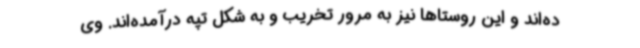
ده‌اند و این روستاها نیز به مرور تخریب و به شکل تپه درآمده‌اند. وی